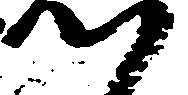
つ